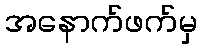
အနောက်ဖက်မှ